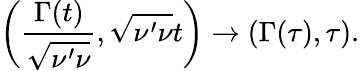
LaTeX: \left(\frac{\Gamma(t)}{\sqrt{\nu^{\prime}\nu}},\sqrt{\nu^{\prime}\nu}t\right)\rightarrow(\Gamma(\tau),\tau).